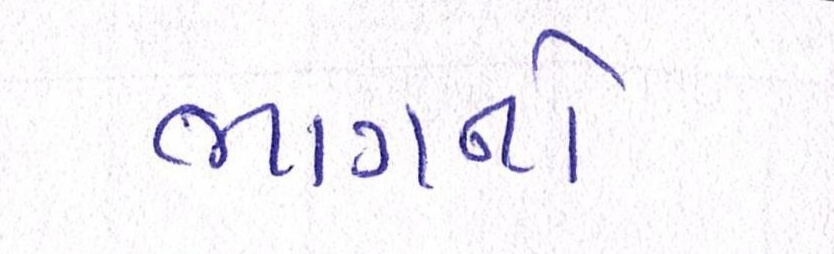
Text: ભાગનો